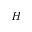
H